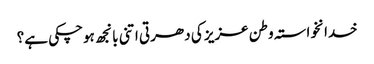
خدانخواستہ وطن عزیز کی دھرتی اتنی بانجھ ہوچکی ہے؟